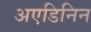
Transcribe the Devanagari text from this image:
अएडिनिन